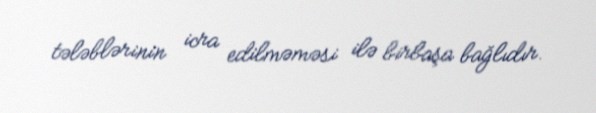
tələblərinin icra edilməməsi ilə birbaşa bağlıdır.